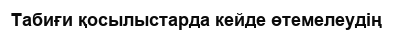
Табиғи қосылыстарда кейде өтемелеудің